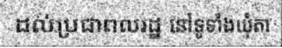
ដល់ប្រជាពលរដ្ឋ នៅទូទាំងឃុំតា